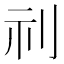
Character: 𮁜